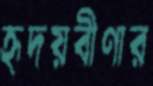
হৃদয়বীণার